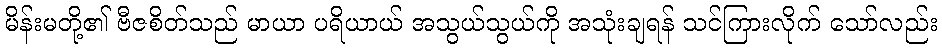
မိန်းမတို့၏ ဗီဇစိတ်သည် မာယာ ပရိယာယ် အသွယ်သွယ်ကို အသုံးချရန် သင်ကြားလိုက် သော်လည်း